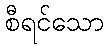
စီရင်သော